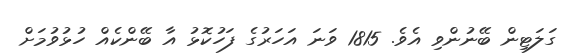
ގަލަޓިން ބޭނުންވި އެވެ. 1815 ވަނަ އަހަރުގެ ފަހުކޮޅު އާ ބޭންކެއް ހުޅުވުމަށް